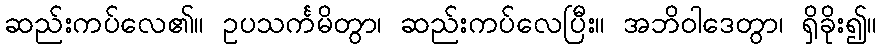
ဆည်းကပ်လေ၏။ ဥပသင်္ကမိတွာ၊ ဆည်းကပ်လေပြီး။ အဘိဝါဒေတွာ၊ ရှိခိုး၍။